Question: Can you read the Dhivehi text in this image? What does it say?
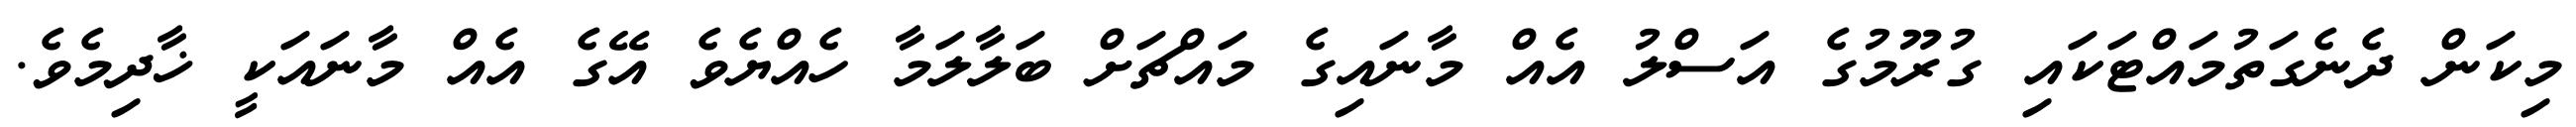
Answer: މިކަން ދެނެގަތުމައްޓަކައި ގުރޫމުގެ އަސްލު އެއް މާނައިގެ މައްޗަށް ބަލާލަމާ ހެއްޔެވެ އޭގެ އެއް މާނައަކީ ޚާދިމެވެ.